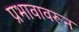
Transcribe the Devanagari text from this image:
प्रभावावरून